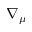
\nabla _ { \mu }